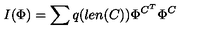
I ( \Phi ) = \sum q ( l e n ( C ) ) \Phi ^ { C ^ { T } } \Phi ^ { C }